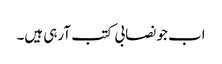
اب جو نصابی کتب آرہی ہیں۔